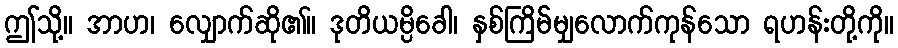
ဤသို့။ အာဟ၊ လျှောက်ဆို၏။ ဒုတိယမ္ပိခေါ၊ နှစ်ကြိမ်မျှလောက်ကုန်သော ရဟန်းတို့ကို။